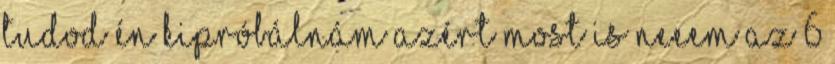
tudod én kipróbálnám azért most is Neeem az 6